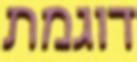
דוגמת